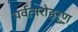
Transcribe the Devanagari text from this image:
पर्वतारोहरण